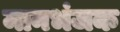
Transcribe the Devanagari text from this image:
मानभंजक